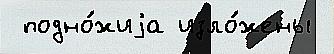
 подно́жиjа изло́жены